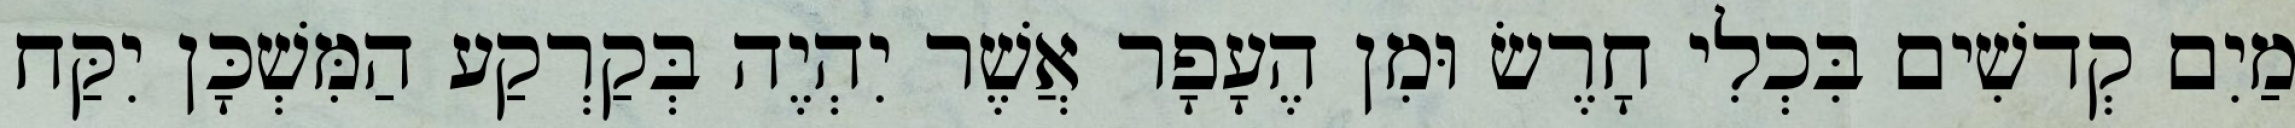
מַיִם קְדשִׁים בִּכְלִי חָרֶשׂ וּמִן הֶעָפָר אֲשֶׁר יִהְיֶה בְּקַרְקַע הַמִּשְׁכָּן יִקַּח